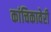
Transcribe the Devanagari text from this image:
कांचिकावेरी